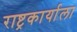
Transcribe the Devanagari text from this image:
राष्ट्रकार्याला